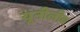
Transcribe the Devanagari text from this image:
यूनीलीव